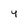
Character: 4